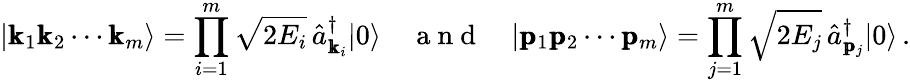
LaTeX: |\pmb{\mathrm{k}}_{1}\pmb{\mathrm{k}}_{2}\cdots\pmb{\mathrm{k}}_{m}\rangle=\prod_{i=1}^{m}\sqrt{2E_{i}}\, \hat{a}_{\pmb{\mathrm{k}}_{i}}^{\dagger}|0\rangle\quad\mathrm{~a~n~d~}\quad|\pmb{\mathrm{p}}_{1}\pmb{\mathrm{p}}_{2}\cdots\pmb{\mathrm{p}}_{m}\rangle=\prod_{j=1}^{m}\sqrt{2E_{j}}\, \hat{a}_{\pmb{\mathrm{p}}_{j}}^{\dagger}|0\rangle\, .